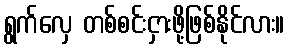
ရွက်လှေ တစ်စင်းငှားဖို့ဖြစ်နိုင်လား။